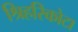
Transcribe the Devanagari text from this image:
श्रिहरिकोटा